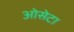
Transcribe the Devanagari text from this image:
ओसेटा